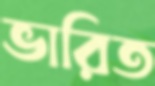
ভারিত